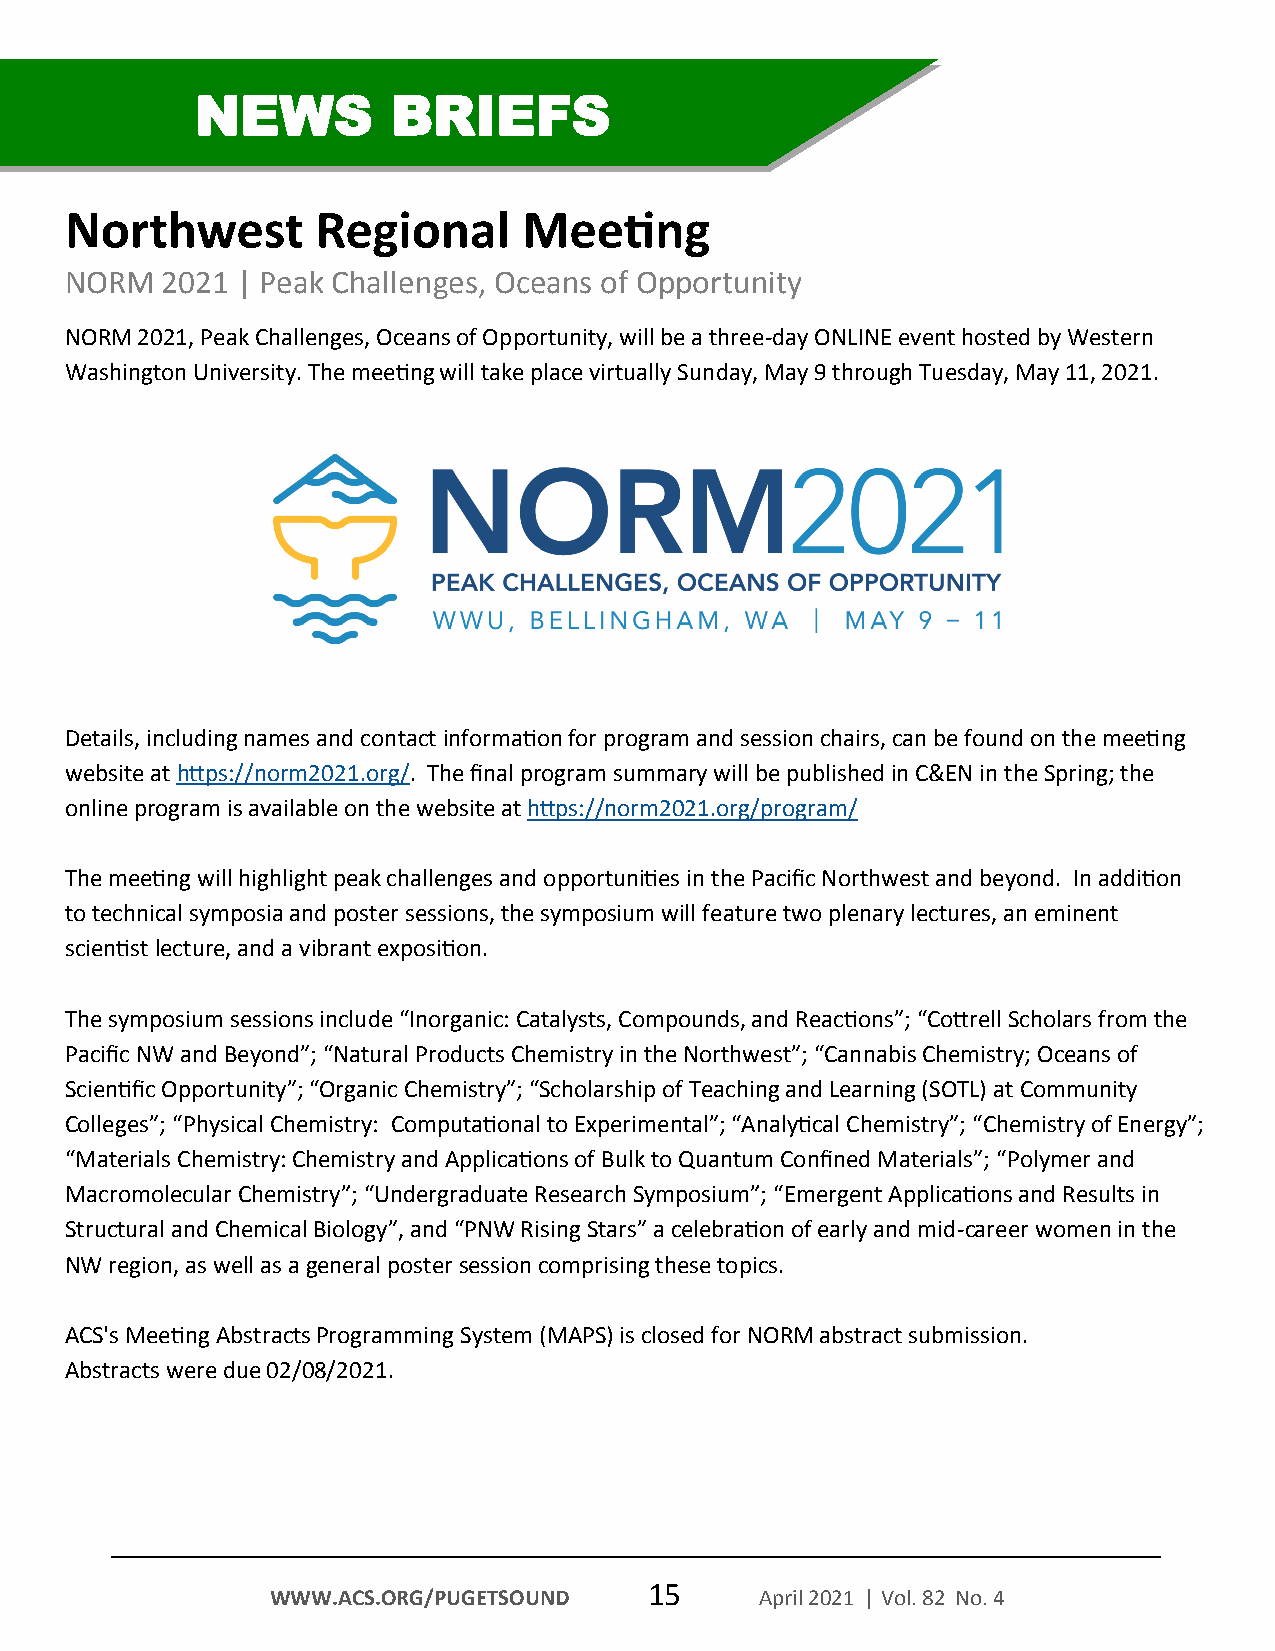
NEWS         BRIEFS
 Northwest        Regional      Meeting
 NORM   2021 | Peak Challenges, Oceans of Opportunity
 NORM 2021, Peak Challenges, Oceans of Opportunity, will be a three-day ONLINE event hosted by Western
 Washington University. The meeting will take place virtually Sunday, May 9 through Tuesday, May 11, 2021.
 Details, including names and contact information for program and session chairs, can be found on the meeting
 website at https://norm2021.org/. The final program summary will be published in C&EN in the Spring; the
 online program is available on the website at https://norm2021.org/program/
 The meeting will highlight peak challenges and opportunities in the Pacific Northwest and beyond. In addition
 to technical symposia and poster sessions, the symposium will feature two plenary lectures, an eminent
 scientist lecture, and a vibrant exposition.
 The symposium sessions include “Inorganic: Catalysts, Compounds, and Reactions”; “Cottrell Scholars from the
 Pacific NW and Beyond”; “Natural Products Chemistry in the Northwest”; “Cannabis Chemistry; Oceans of
 Scientific Opportunity”; “Organic Chemistry”; “Scholarship of Teaching and Learning (SOTL) at Community
 Colleges”; “Physical Chemistry: Computational to Experimental”; “Analytical Chemistry”; “Chemistry of Energy”;
 “Materials Chemistry: Chemistry and Applications of Bulk to Quantum Confined Materials”; “Polymer and
 Macromolecular Chemistry”; “Undergraduate Research Symposium”; “Emergent Applications and Results in
 Structural and Chemical Biology”, and “PNW Rising Stars” a celebration of early and mid-career women in the
 NW region, as well as a general poster session comprising these topics.
 ACS's Meeting Abstracts Programming System (MAPS) is closed for NORM abstract submission.
 Abstracts were due 02/08/2021.
 15
 WWW.ACS.ORG/PUGETSOUND          April 2021 | Vol. 82 No. 4